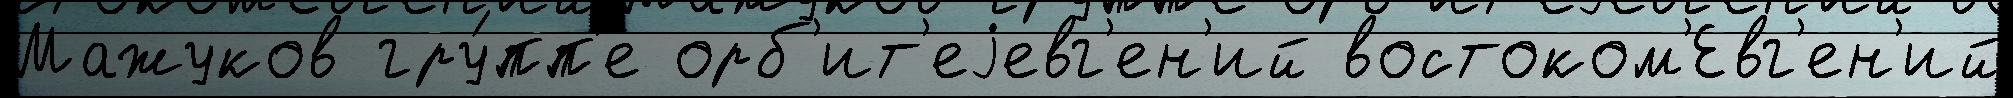
Мажуков гру́пп'е орб'ит'еjевг'ен'ий востоком'Евг'ен'ий